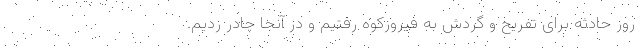
روز حادثه برای تفریح و گردش به فیروزکوه رفتیم و در آنجا چادر زدیم.